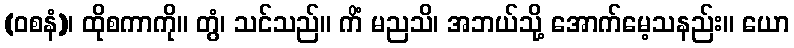
(ဝစနံ)၊ ထိုစကာကို။ တွံ၊ သင်သည်။ ကိံ မညသိ၊ အဘယ်သို့ အောက်မေ့သနည်း။ ယော